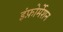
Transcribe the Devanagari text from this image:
इंफ़ोर्मेशन